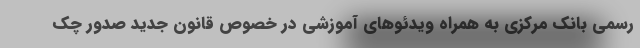
رسمی بانک مرکزی به همراه ویدئوهای آموزشی در خصوص قانون جدید صدور چک